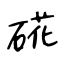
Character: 硴